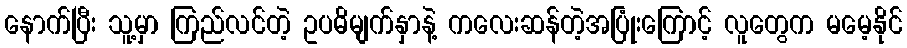
နောက်ပြီး သူ့မှာ ကြည်လင်တဲ့ ဥပဓိမျက်နှာနဲ့ ကလေးဆန်တဲ့အပြုံးကြောင့် လူတွေက မမေ့နိုင်